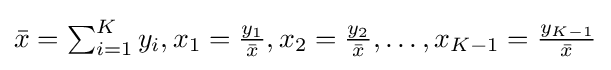
{\bar {x}}=\textstyle \sum _{i=1}^{K}y_{i},x_{1}={\frac {y_{1}}{\bar {x}}},x_{2}={\frac {y_{2}}{\bar {x}}},\ldots ,x_{K-1}={\frac {y_{K-1}}{\bar {x}}}